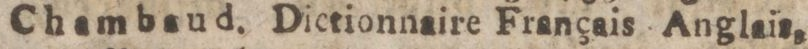
Chambaud. Dictionnaire Français Anglais,